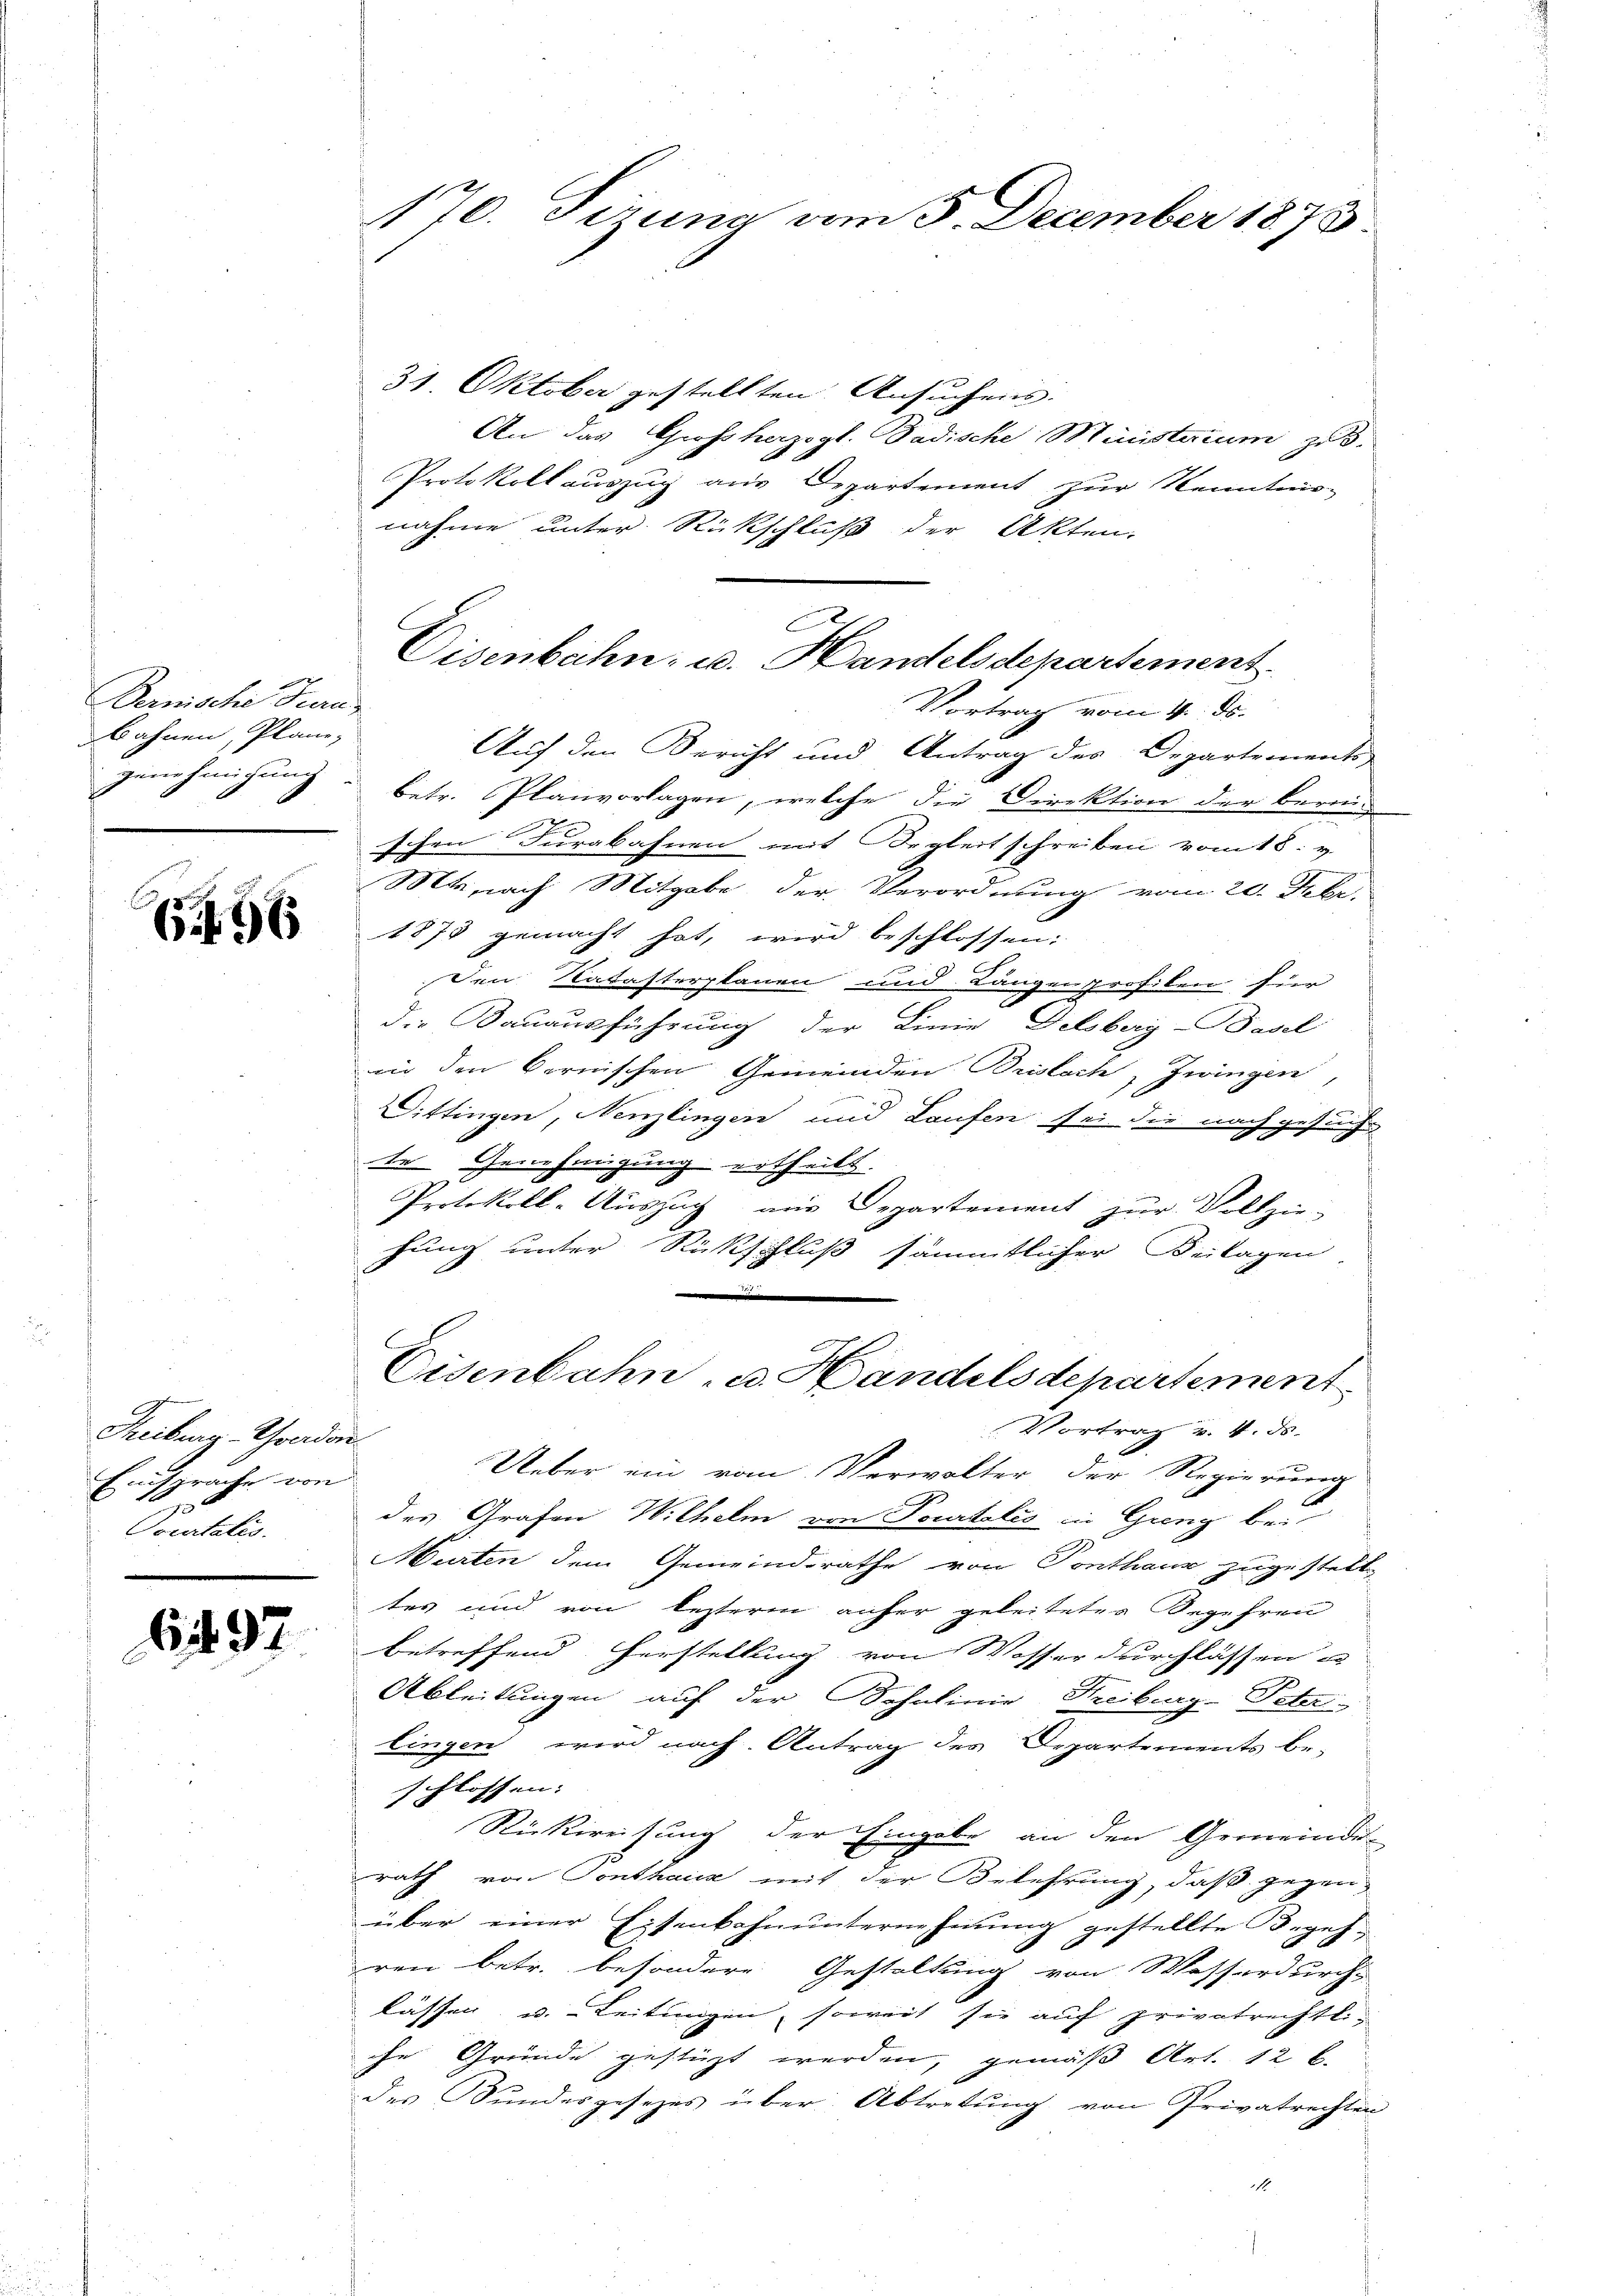
Pernische Jura
bahnen, Plane,

696

Treiburg-Thrada
Einsprache von
Pocatalis

6. 97

170. Sirung vom 5. December 1875

31. Oktober gestellten Ansuchens
An das Großherzogl. Badische Ministerium zu.
Protokoll auszug aus Departement zur Kenntnis-
nahme unter Rückschluß der Akten.
Vortrag vom 4. ds.
Auf den Bericht und Antrag des Departements-
genehmigung betr. Planvorlagen, welche die Direktion der berei-
schen Turabahnen mit Beglert schreiben vom 18. v.
Mte,nach Mitgabe der Verordnung vom 20. Febr.
1875 gemacht hat, wird beschlossen:
Den Ratasterplanen und Längenprofilen fier
.
die Bauausführung der Linie, Felsberg-Basel
in den Cornischen Gemeinden Brislach, Zwingen,
Cittingen, Nenzlingen und Laufen sei die nachgesucht
te Genehmigung ertheilt.
Protokoll-Auszug aus Departement zur Vollzie-
hung unter Rückschluß sämmtlicher Beilagen
Eisenbahn u. Handelsdepartement
Vortrag v. 4. ds.
i
Ueber ein vom Verwalter der Regierung
des Grafen Wilhelm von Tourtalis in Gieng bei
Murten dem Gemeindsrathe von Ponthaus zugestelltes und von lezterm anher geleitetes Begehren
betreffend Herstellung von Wasserdurchlassen e
Ableitungen auf der Schnlinie Freiburg-Peter
lingen wird nach Antrag des Departements be-
schlossen:
1 Rückweitung der Eingabe an den Gemeinde-
rath von Ponthaus mit der Belehrung, daß gegen
über einer Eisenbahnunternehmung gestellte Begeh¬
.
ren betr. besondere Gestaltung von Wasserdurchs
lassen u. Leitungen, soweit sie auf privatrechtliche Gründe gestüzt werden, gemäß Art. 12 l.
des Bundesgesezes über Abtretŭng von Privatrechten
1

Eisenbahn- u. Handelsdepartement